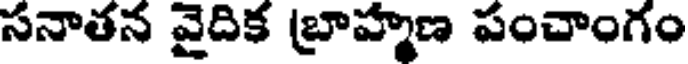
సనాతన వైదిక బ్రాహ్మణ పంచాంగం